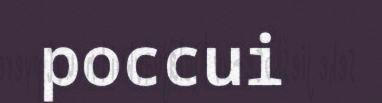
poccui